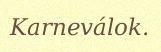
Karneválok.